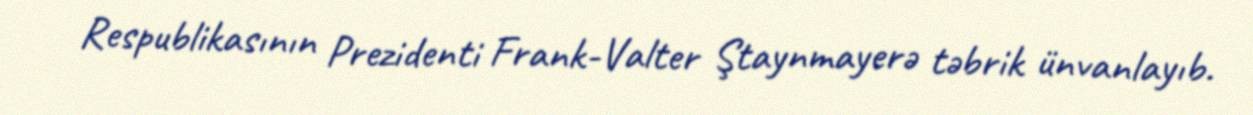
Respublikasının Prezidenti Frank-Valter Ştaynmayerə təbrik ünvanlayıb.